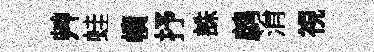
艸蛙幘抒誅鹧㳙視